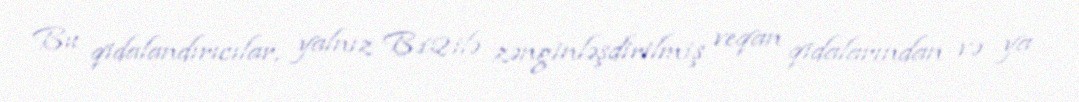
Bu qidalandırıcılar, yalnız B12 ilə zənginləşdirilmiş veqan qidalarından və ya